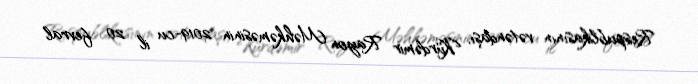
Respublikasının vətəndaşı, Kürdəmir Rayon Məhkəməsinin 2019-cu il 20 fevral